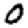
Digit: 0